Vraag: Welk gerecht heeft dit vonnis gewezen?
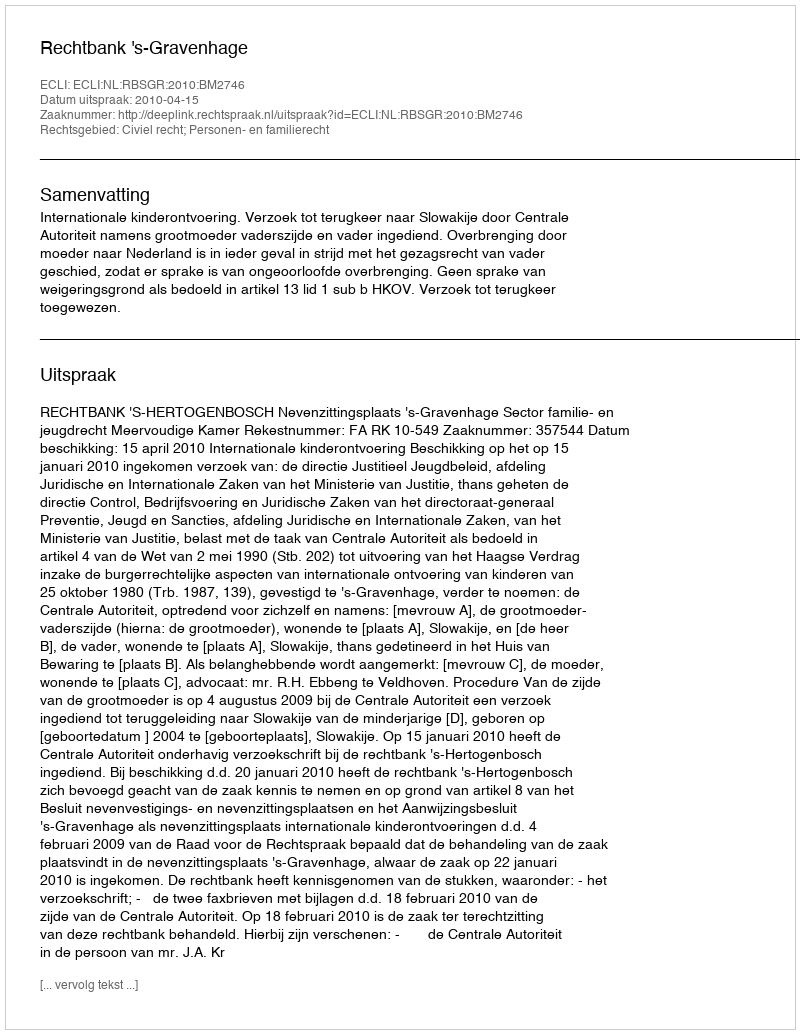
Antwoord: Rechtbank 's-Gravenhage